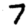
Digit: 7